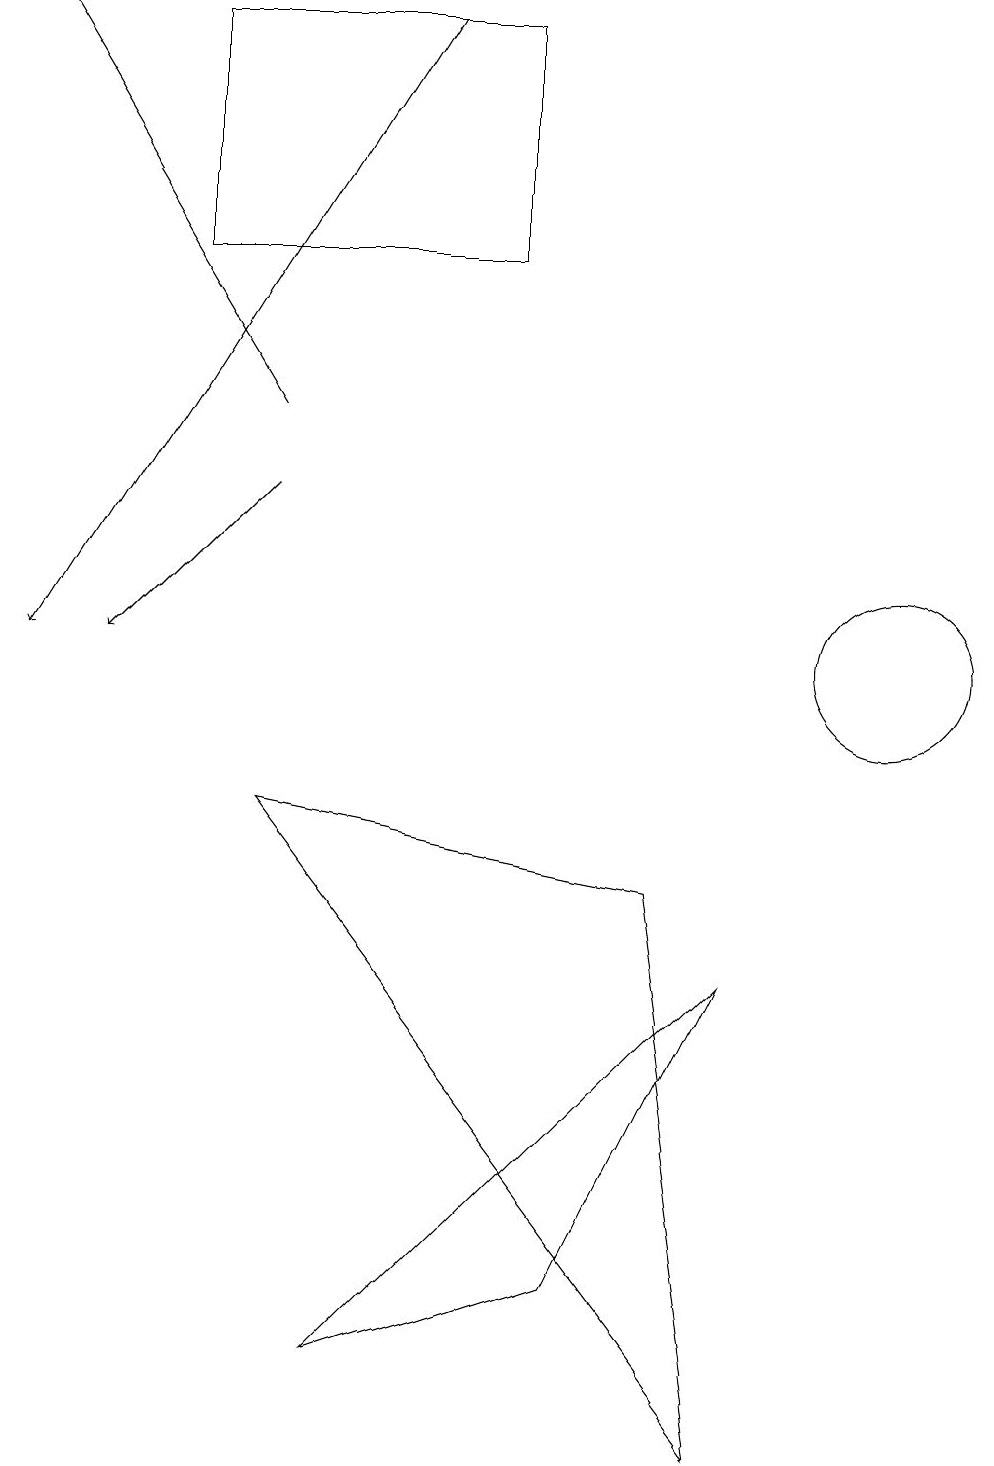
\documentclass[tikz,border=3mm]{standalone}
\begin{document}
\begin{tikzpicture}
\draw[->] (3,13) -- (0,18);
\draw (11,10) circle (1);
\draw[->] (3,12) -- (1,10);
\draw (6,18) rectangle (2,15);
\draw[->] (5,18) -- (0,10);
\draw (8,7) -- (3,8) -- (9,0) -- cycle;
\draw (9,6) -- (7,2) -- (4,1) -- cycle;
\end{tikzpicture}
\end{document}